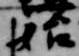
始